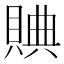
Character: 賟